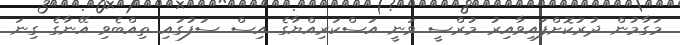
މަގާމުން ދުރުކޮށްފައިވާއިރު މުރްސީ ވަނީ އަސްކަރިއްޔާގެ އިސް ސަފުގައި ތިއްބެވި އޭނާގެ ގިނަ